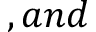
, a n d